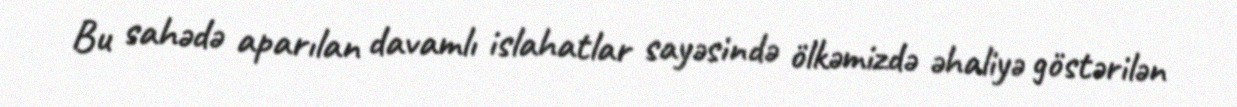
Bu sahədə aparılan davamlı islahatlar sayəsində ölkəmizdə əhaliyə göstərilən